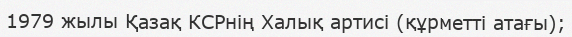
1979 жылы Қазақ КСРнің Халық артисі (құрметті атағы);